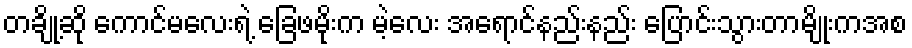
တချို့ဆို ကောင်မလေးရဲ့ ခြေဖမိုးက မဲ့လေး အရောင်နည်းနည်း ပြောင်းသွားတာမျိုးကအစ